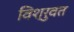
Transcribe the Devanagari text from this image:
विश्रुवत